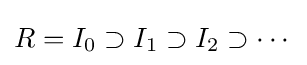
R=I_{0}\supset I_{1}\supset I_{2}\supset \dotsb